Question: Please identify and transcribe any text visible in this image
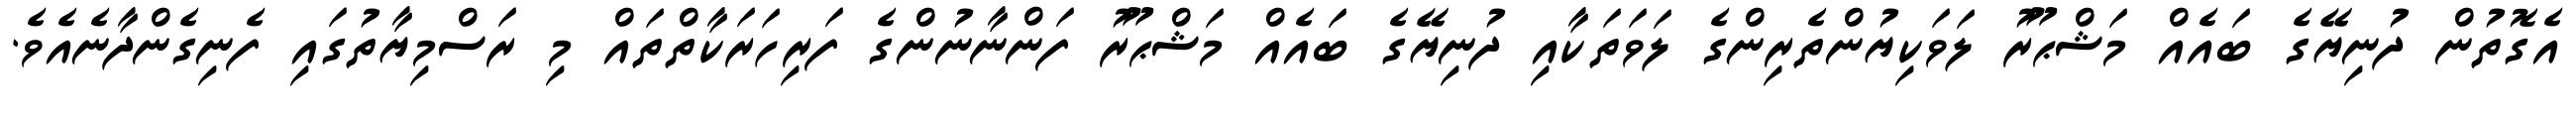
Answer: އެގޮތުން ދުނިޔޭގެ ބައެއް މަޝްޙޫރު ލަވަކިޔުންތެރިންގެ ލަވަތަކާއި ދުނިޔޭގެ ބައެއް މަޝްޙޫރު ފަންނާނުންގެ ފަރިހަރަކާތްތައް މި ރަސްމިޔާތުގައި ފެނިގެންދާނެއެވެ.